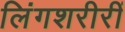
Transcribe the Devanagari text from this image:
लिंगशरीरीं